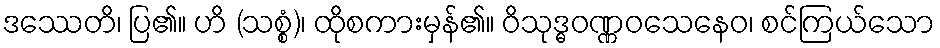
ဒဿေတိ၊ ပြ၏။ ဟိ (သစ္စံ)၊ ထိုစကားမှန်၏။ ဝိသုဒ္ဓဝဏ္ဏဝသေနေဝ၊ စင်ကြယ်သော